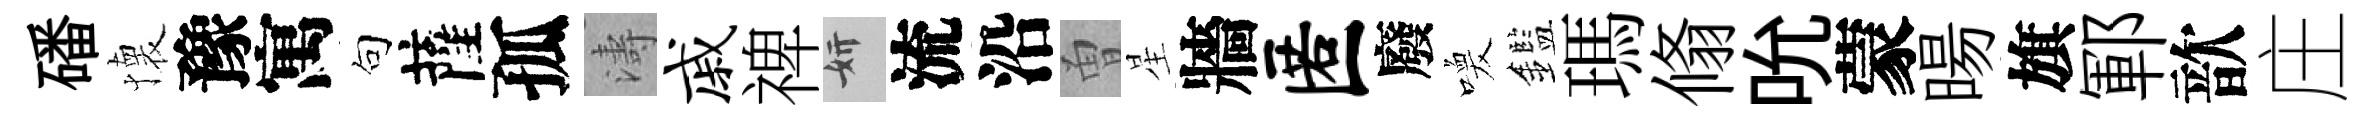
磻懐豫寓句薩孤濤戚禆妍流沿曽星牆匿廢喚鑑瑪翛吮蒙暘旗鄆歆庄